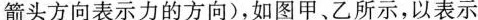
箭头方向表示力的方向)，如图甲、乙所示，以表示